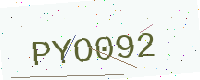
Text: PYO092